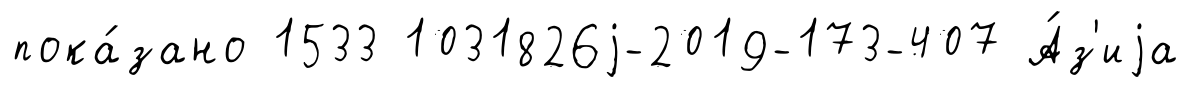
пока́зано 1533 1031826j-2019-173-407 А́з'иjа